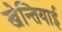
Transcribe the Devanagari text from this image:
खेन्तियाई